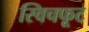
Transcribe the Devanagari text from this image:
स्विचफूट